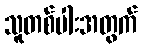
သူတစ်ပါးအတွက်